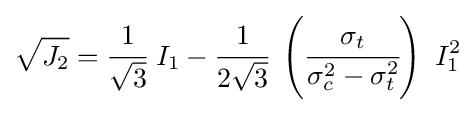
{\sqrt {J_{2}}}={\cfrac {1}{\sqrt {3}}}~I_{1}-{\cfrac {1}{2{\sqrt {3}}}}~\left({\cfrac {\sigma _{t}}{\sigma _{c}^{2}-\sigma _{t}^{2}}}\right)~I_{1}^{2}